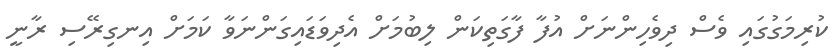
ކުރިމަގުގައި ވެސް ދިވެހިންނަށް އުފާ ފާގަތިކަން ލިބުމަށް އެދިވަޑައިގަންނަވާ ކަމަށް އިނގިރޭސި ރާނީ